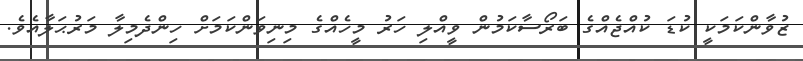
ޒުވާންކަމަކީ ކުޑަ ކުއްޖެއްގެ ބަރޯސާކަމުން ވީއްލި ހަރު މީހެއްގެ މިނިވަންކަމަށް ހިންދެމިލާ މަރުޙަލާއެވެ.